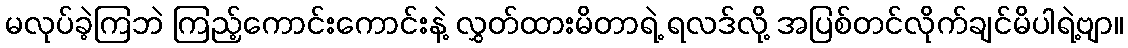
မလုပ်ခဲ့ကြဘဲ ကြည့်ကောင်းကောင်းနဲ့ လွှတ်ထားမိတာရဲ့ ရလဒ်လို့ အပြစ်တင်လိုက်ချင်မိပါရဲ့ဗျာ။